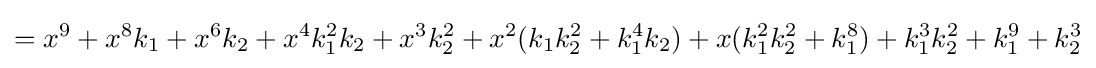
=x^{9}+x^{8}k_{1}+x^{6}k_{2}+x^{4}k_{1}^{2}k_{2}+x^{3}k_{2}^{2}+x^{2}(k_{1}k_{2}^{2}+k_{1}^{4}k_{2})+x(k_{1}^{2}k_{2}^{2}+k_{1}^{8})+k_{1}^{3}k_{2}^{2}+k_{1}^{9}+k_{2}^{3}